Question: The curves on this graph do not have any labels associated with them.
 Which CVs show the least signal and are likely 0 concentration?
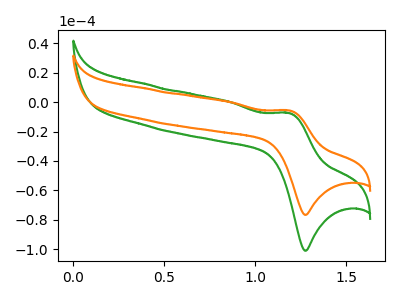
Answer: <think>The green curve "green" has an anodic peak at (1.20V, -7.40uA) and a cathodic peak at (1.30V, -101.10uA). The orange curve "orange" has an anodic peak at (1.20V, -5.60uA) and a cathodic peak at (1.30V, -76.70uA).</think>
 <answer>There are not any CV's on this graph that are likely to be blanks.</answer>
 <eval>none</eval>